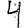
Digit: 4